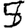
Digit: 5